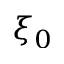
\xi _ { 0 }